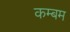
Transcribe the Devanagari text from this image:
कम्बम